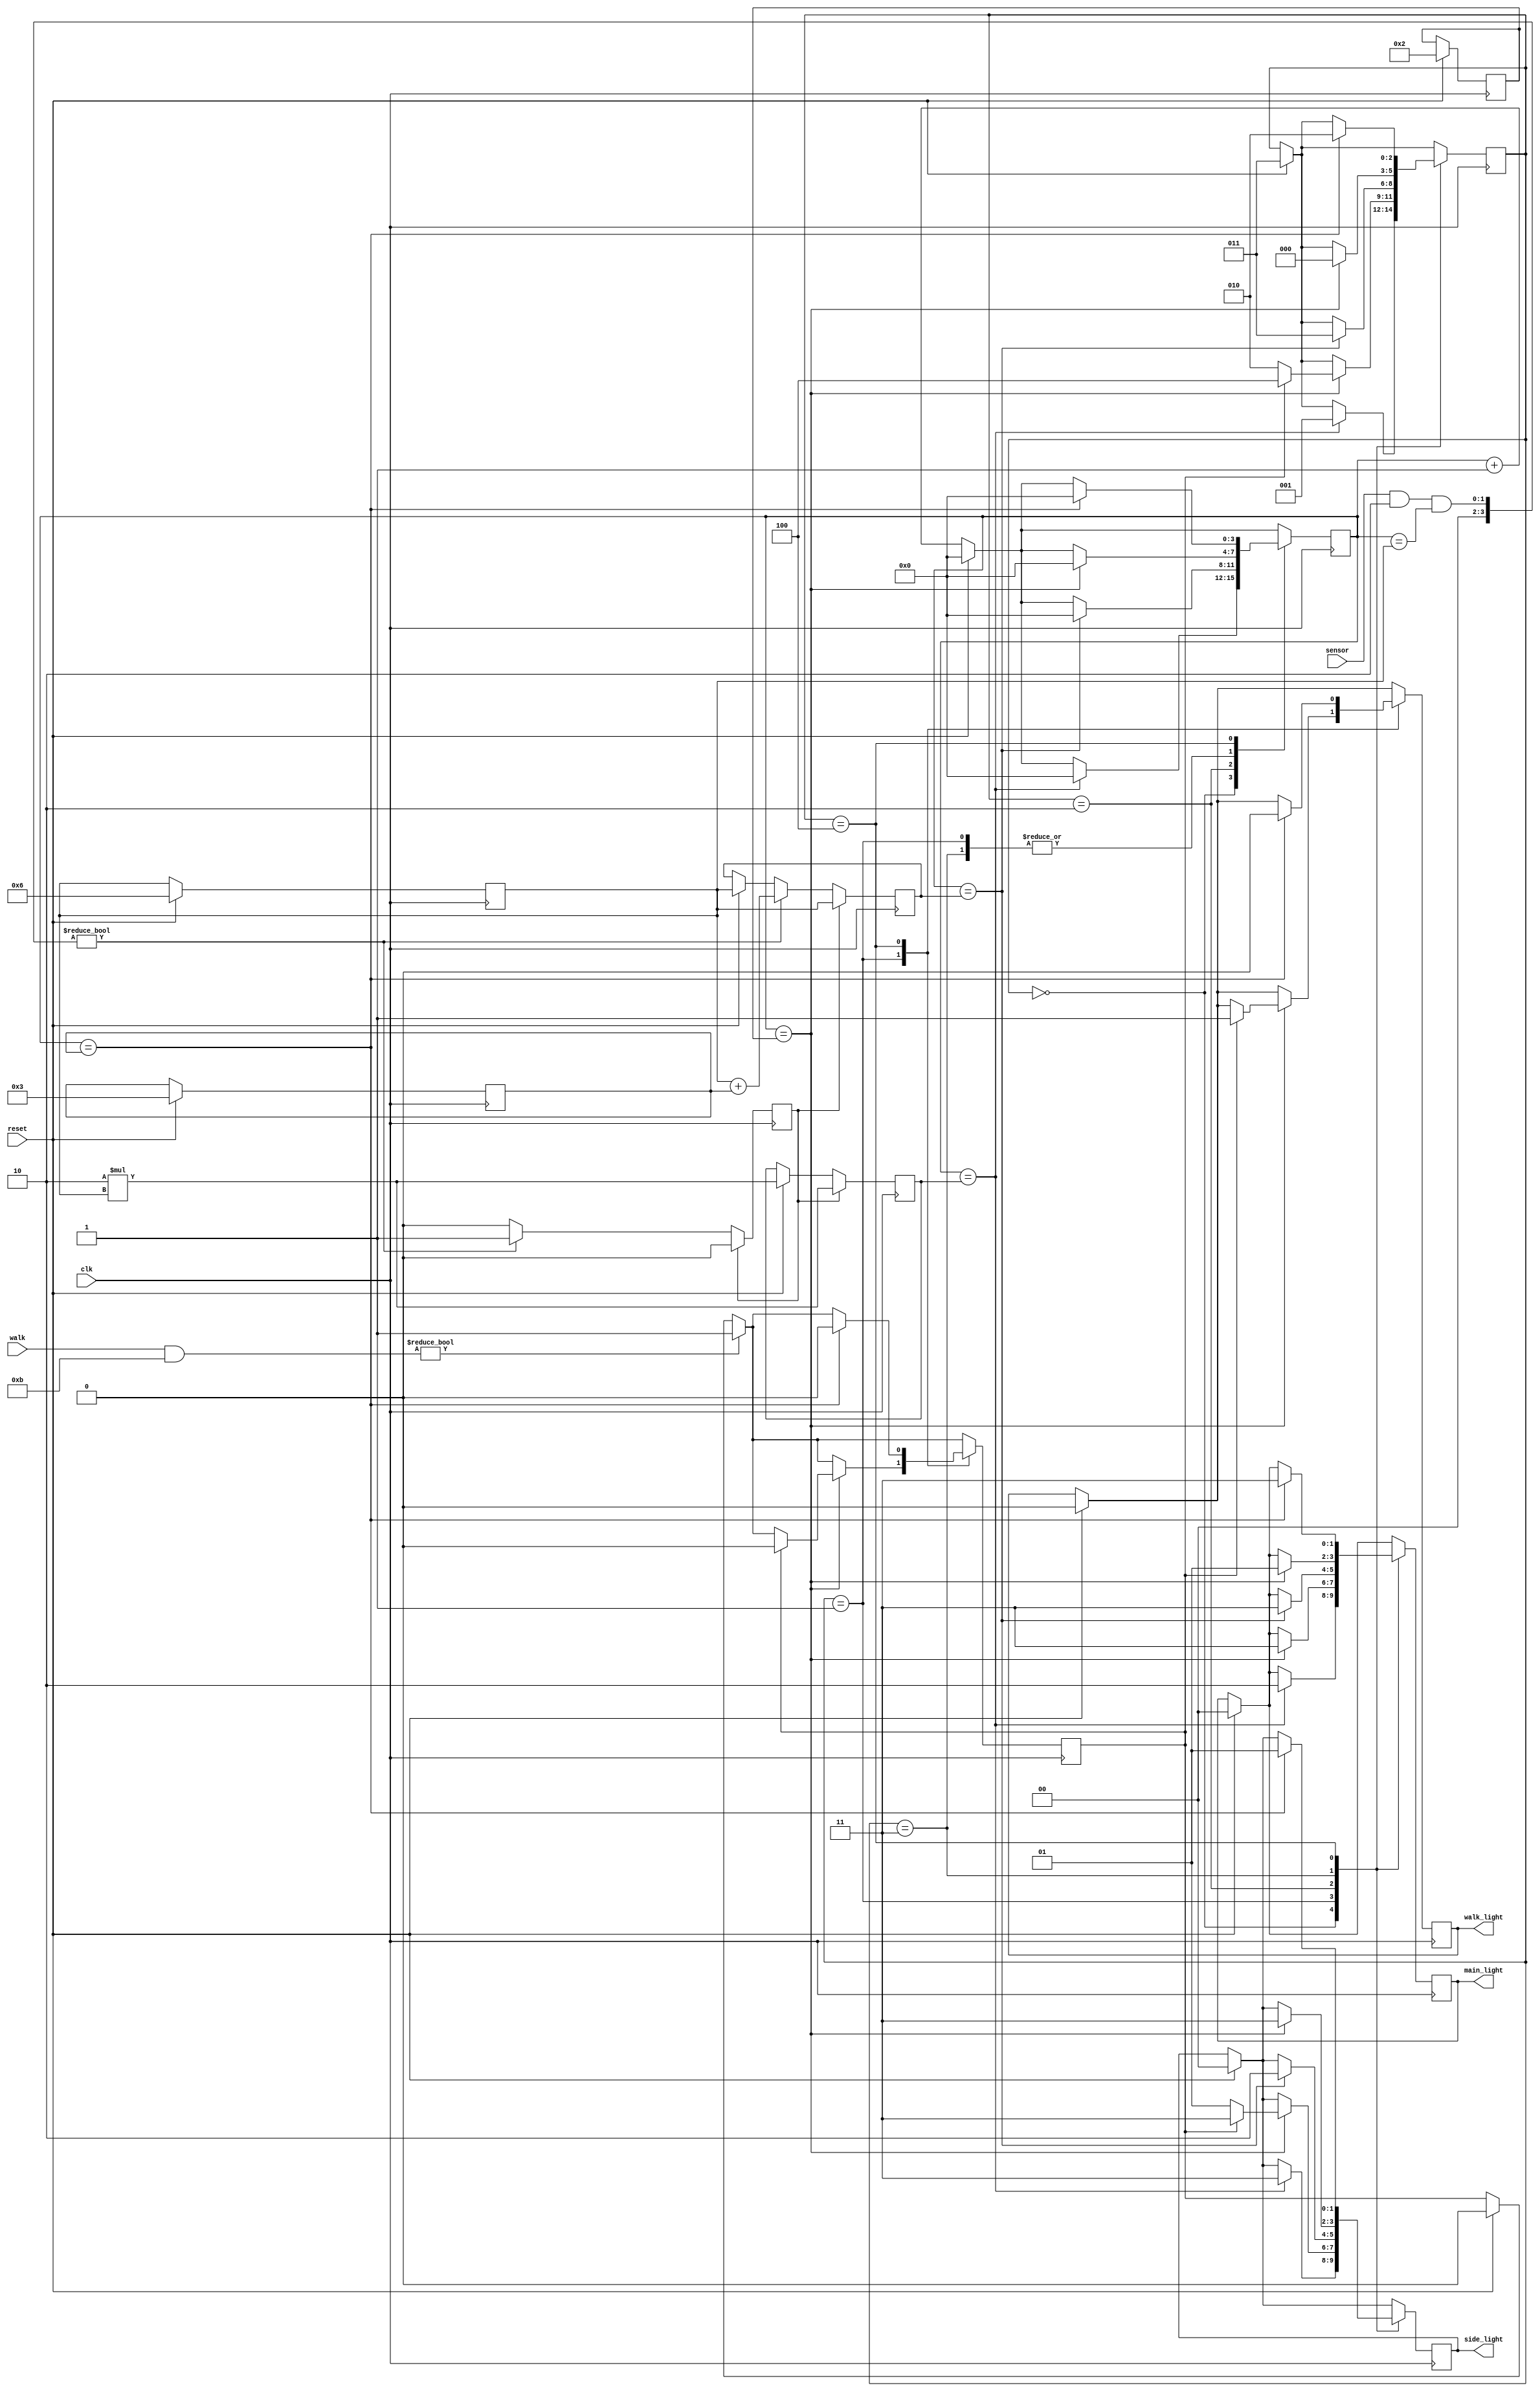
module basic_cycle(input clk, input reset, input sensor, input walk, output reg [1:0]main_light, output reg [1:0]side_light, output reg walk_light);
	
	reg [2:0] cur_state;
	reg [3:0] counter;
	
	reg sen_flag;
	reg walk_req;
	reg [3:0]main_wait;
	reg [3:0]side_wait;
	
	parameter nan = 4'b0;
	parameter green = 4'b1;
	parameter yel = 4'd2;
	parameter red = 4'd3;

	parameter G_r = 4'd0;
	parameter Y_r = 4'd1;
	parameter R_g = 4'd2;
	parameter R_y = 4'd3;
	parameter R_r = 4'd4;
	
	 reg [3:0]tbase;
     reg [3:0]text;
     reg [3:0]tyel;
//	localparam tbase = 4'd6;
//          localparam text = 4'd3;
//          localparam   tyel = 4'd2;
	always @(posedge clk) begin
	
		counter <= counter + 1;
		
		if (reset) begin
		   tbase <= 4'd6;
		   text <= 4'd3;
		   tyel  <= 4'd2;
			cur_state <= R_y;
			main_light <= 2'b0;
			side_light <= 2'b0;
			counter <= 4'b0;
			main_wait <= 2 * tbase;
			side_wait <= tbase;
			walk_light <= 1'b0;
			walk_req <= 1'b0;
		end
		     
		     if (walk & ~R_r) begin
		        walk_req <= 1'b1;
		     end
		     
		    if (sensor & G_r & counter == tbase) begin
                sen_flag <= 1'b1;
                main_wait <= tbase + text;
            end
            
            if (sensor & R_g & counter == tbase) begin
                sen_flag <= 1'b1;
                side_wait <= tbase + text;
            end
            if (sen_flag) begin
                sen_flag <= 1'b0;
                main_wait <= 2 * tbase;
                side_wait <= tbase;
                end
            
            
			case(cur_state)
				G_r: 
					if (counter == main_wait) begin
						counter <= 4'b0;
						cur_state <= Y_r;
						main_light <= yel;
						side_light <= red;
					end
				Y_r:
					if (counter == tyel) begin
						counter <= 4'b0;
						if (~walk_req) begin
                            cur_state <= R_g;
                            main_light <= red;
                            side_light <= green;
						end else begin
						    cur_state <= R_r;
						    main_light <= red;
						    side_light <= red;
						    walk_req <= 1'b0;
						    walk_light <= 1'b1;
						end
					end
				R_g:
					if (counter == side_wait) begin
						counter <= 4'b0;
						cur_state <= R_y;
						main_light <= red;
						side_light <= yel;
					end
				R_y:
					if (counter == tyel) begin
						counter <= 4'b0;
						cur_state <= G_r;
						main_light <= green;
						side_light <= red;
					end
			    R_r:
			        if (counter == text) begin
			            counter <= 4'b0;
			            cur_state <= R_g;
			            walk_req <= 1'b0;
			            main_light <= red;
			            side_light <= green;
			            walk_light <= 1'b0;
			        end
			endcase 
	end
endmodule